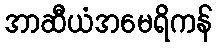
အာဆီယံအမေရိကန်